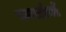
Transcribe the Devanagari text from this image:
कारडोसों